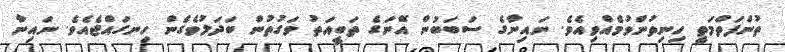
ތުންފަތްމަތީ ހިނިތުންވުމެއްވިއެވެ. ނައިނާގެ ސަބަބުން އޭނަގެ ތަބީއަތު ވަގުތުން ބަދަލުވެގެން ހިނގައްޖެއެވެ. ނައިނާ